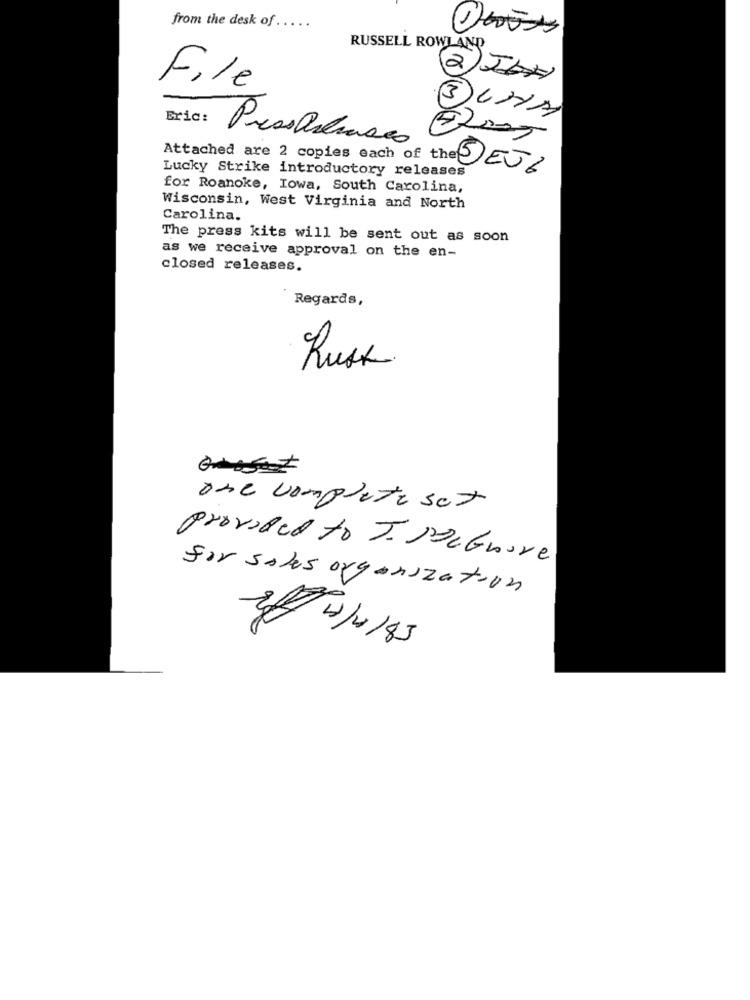
from the desk of
RUSSELL ROWLAND
2JAN
File
Eric:
3CHIM
Lucky Strike introductory releases
Attached are 2 copies each of the DEVE
for Roanoke, Iowa, South Carolina,
Wisconsin, West Virginia and North
Carolina.
The press kits will be sent out as soon
as we receive approval on the en-
closed releases.
Regards,
Rusk
one complete set
provided to J. McGuire
for sales organization
2/ 10/10/83